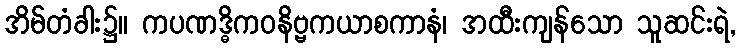
အိမ်တံခါး၌။ ကပဏဒ္ဓိကဝနိဗ္ဗကယာစကာနံ၊ အထီးကျန်သော သူဆင်းရဲ,